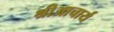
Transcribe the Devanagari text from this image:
श्रीआचार्य